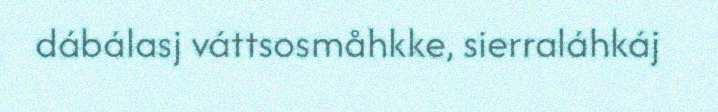
dábálasj váttsosmåhkke, sierraláhkáj